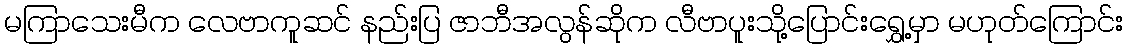
မကြာသေးမီက လေဗာကူဆင် နည်းပြ ဇာဘီအလွန်ဆိုက လီဗာပူးသို့ပြောင်းရွှေ့မှာ မဟုတ်ကြောင်း